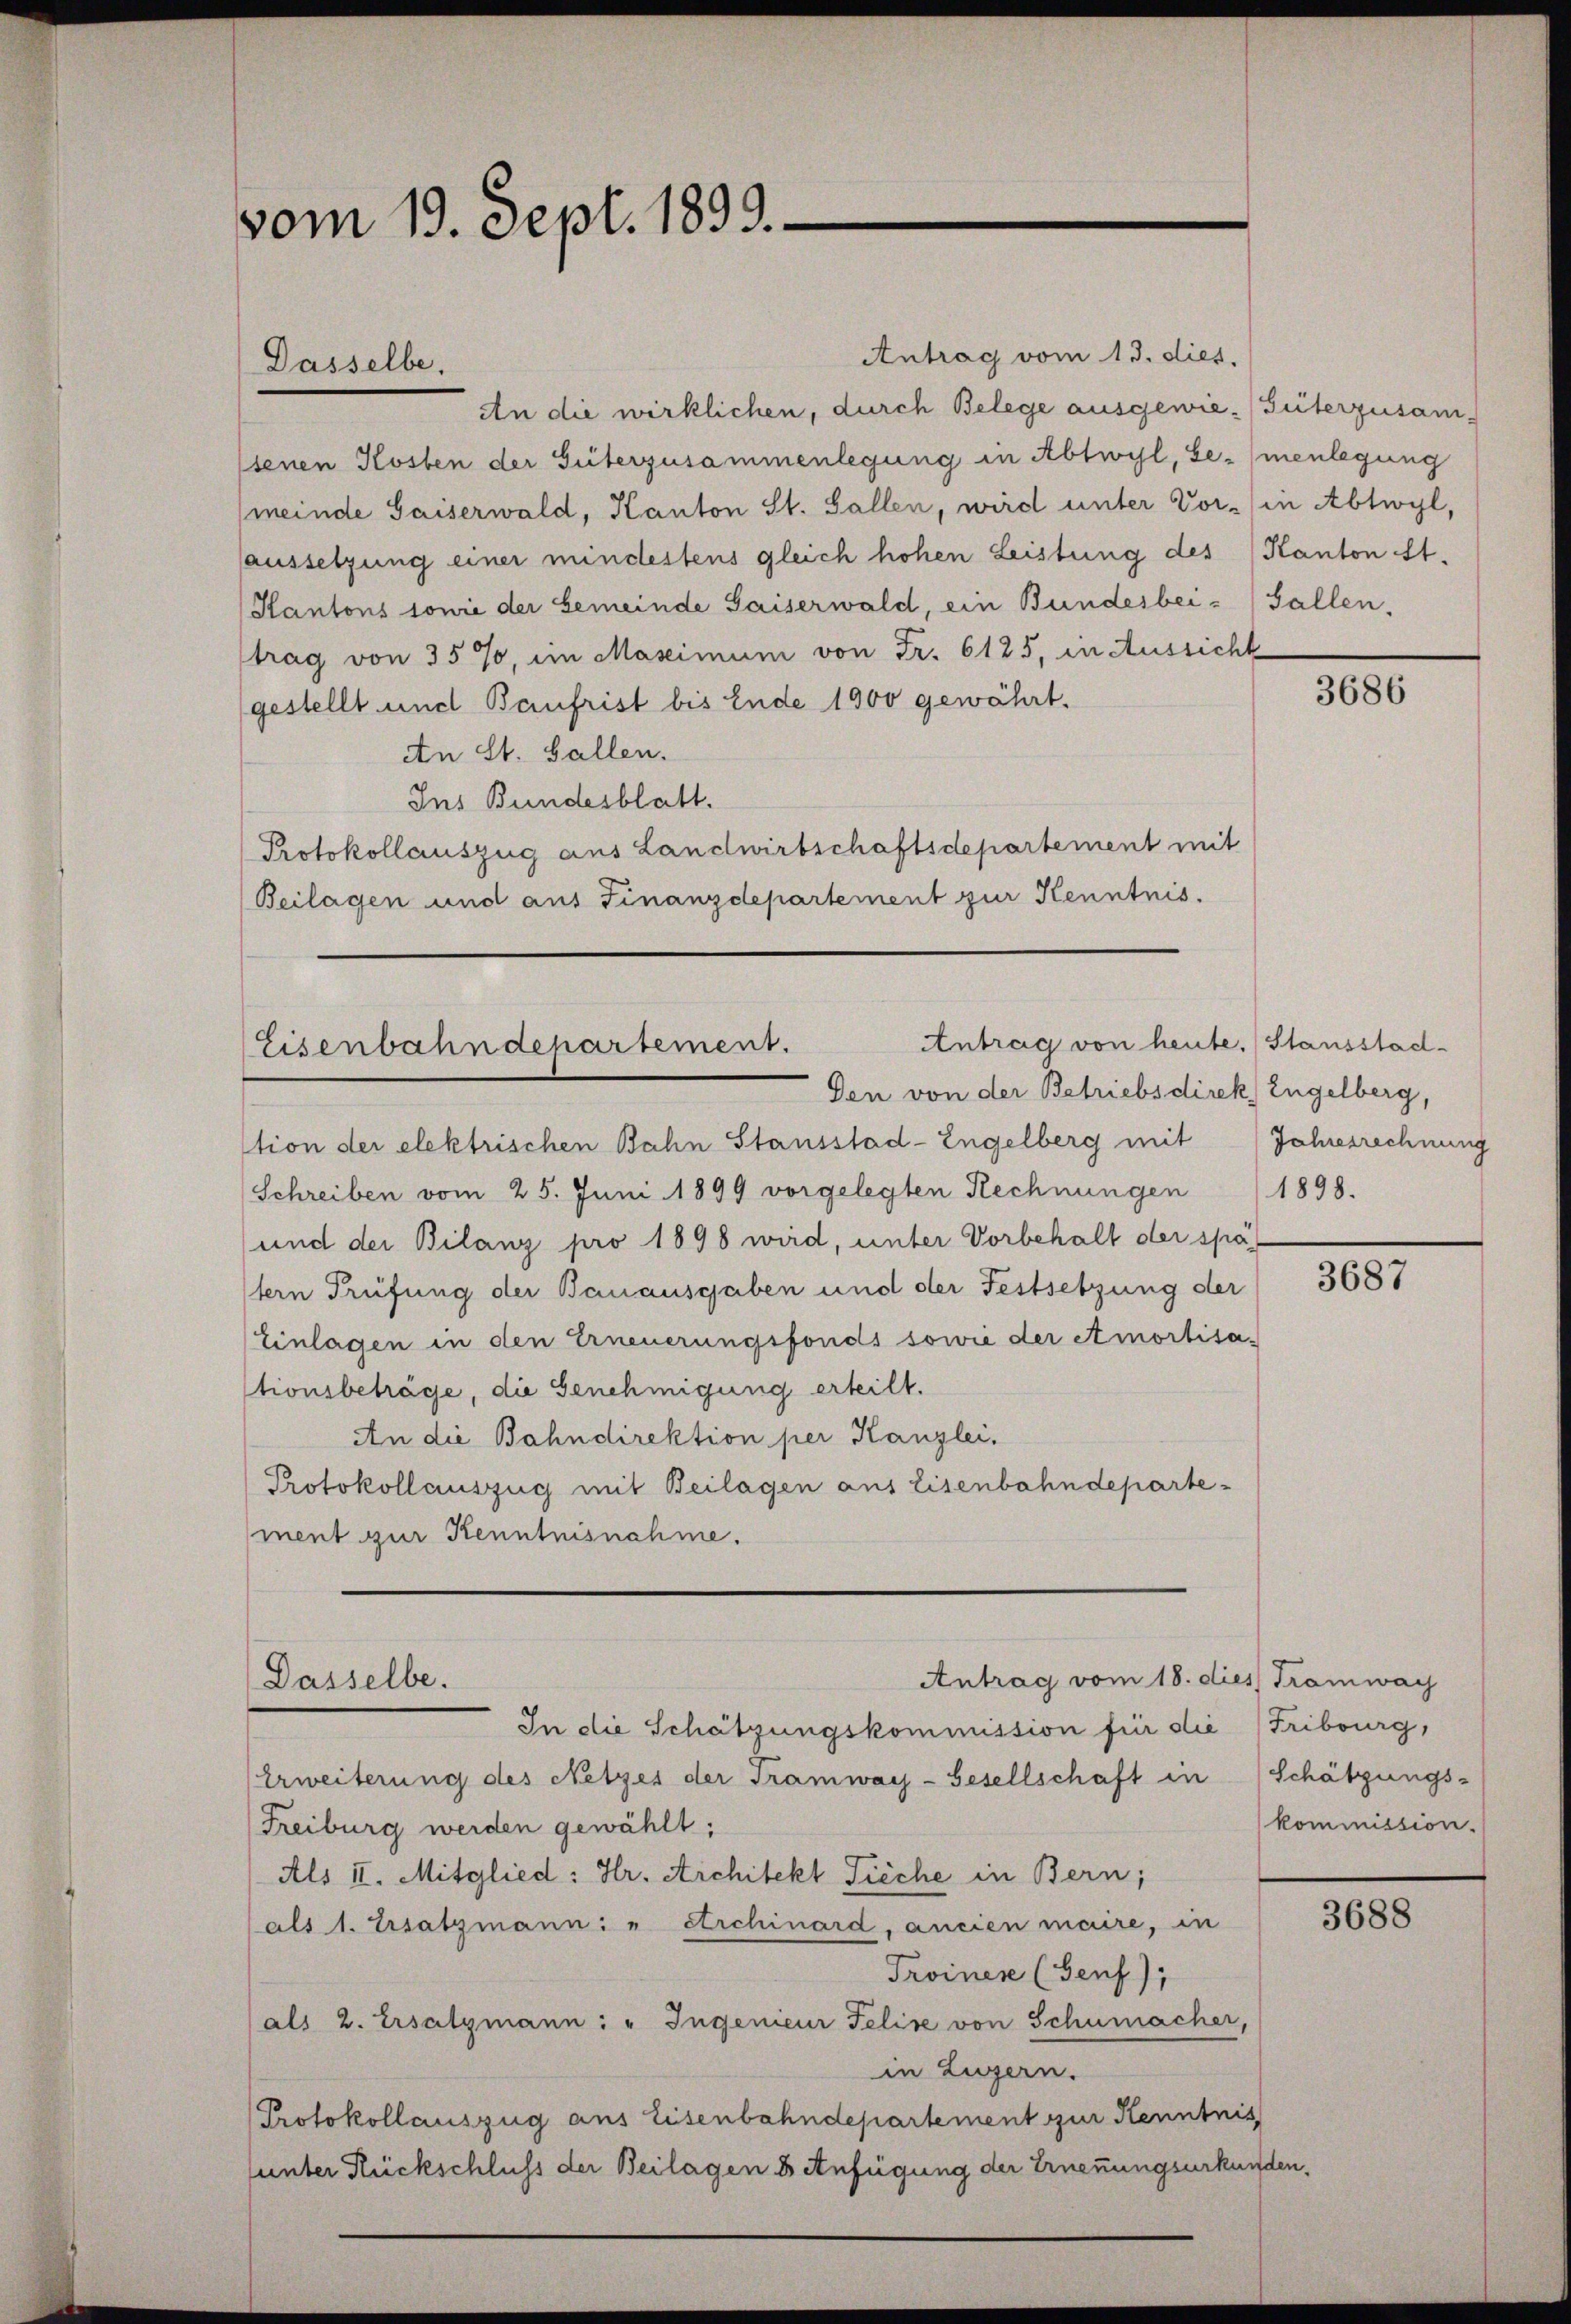
vom 19. Sept. 1899.

Antrag vom 13. dies.
An die wirklichen, durch Belege ausgewie-Güterzusam-
senen Kosten der Güterzusammenlegung in Abtwyl, be- (menlegung
(meinde Saiserwald, Kanton St. Gallen, wird unter Vor- (in Abtwyl,
(aussetzung einer mindestens gleich hohen Leistung des Kanton St.
Kantons sowie der Gemeinde Gaiserwald, ein Bundesbei- Fallen,
trag von 35%, im Maseimum von Fr. 6125, in Aussicht
gestellt und Baufrist bis Ende 1900 gewährt.
An St. Gallen.
Ins Bundesblatt.
Protokollauszug aus Landwirtschaftsdepartement mit
(Beilagen und aus Finanzdepartement zur Kenntnis.
Antrag von heute. (Stausstad¬
Eisenbahndepartement.
Den von der Betriebsdirek, Engelberg,
tion der elektrischen Bahn Stausstad-Engelberg mit Jahresrechnung
Schreiben vom 25. Juni 1899 vorgelegten Rechnungen 1898.
und der Bilanz pro 1898 wird, unter Vorbehalt der spä
tern Prüfung der Bauausgaben und der Festsetzung der
Einlagen in den Erneuerungsfonds sowie der Amortisa-
tionsbeträge, die Genehmigung erteilt.
An die Bahndirektion per Kanzlei,
Protokollauszug mit Beilagen aus Eisenbahndepartement zur Kenntnisnahme.

Dasselbe.

Antrag vom 18. dies Tramwag
Dasselbe.

In die Schätzungskommission für die Fribourg,
Erweiterung des Netzes der Tramway-Gesellschaft in Schätzungs¬
Freiburg werden gewählt;
Als II. Mitglied: Hr. Architekt Fieche in Bern;
als 1. Ersatzmanni " Archinard, ancien maire, in
Troinen (Genf),
als 2. Ersatzmann: " Ingenieur Felix von Schumacher,
in Luzern.
Protokollauszug aus Eisenbahndepartement zur Kenntnis
unter Rückschluss der Beilagen u Anfügung der Ernennungsurkunden,

3686

3687

kommission.

3688